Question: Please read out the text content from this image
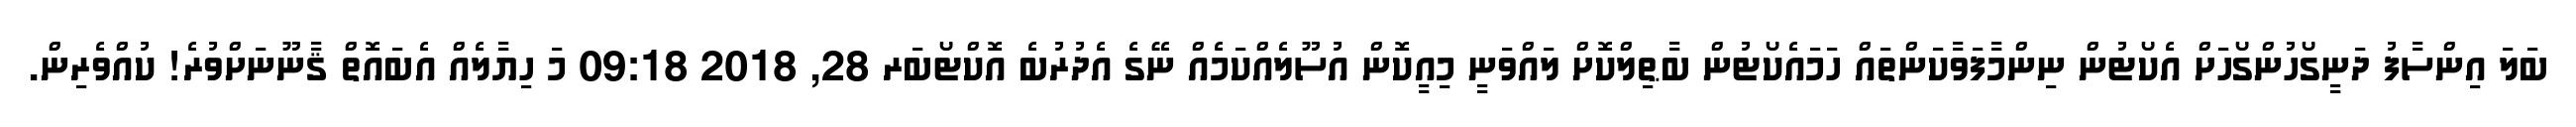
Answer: ބަލަ އިންސާފު ދަނީގޯހުންގޯހަށް އެކޯޓުން ނިންމާފަވާކަންތައް ހަމައެކޯޓުން ބާޠިލްކޮށް ލައްވަނީ މިއީކޮން އުސޫލެއްކަމެއް ނޭގެ އެދުރުބެ އޮކްޓޯބަރ 28, 2018 09:18 މަ ހިޔާލެއް އެބައޮތް ޤާނޫނަށްވުރެ! ކުއްވެރިން.